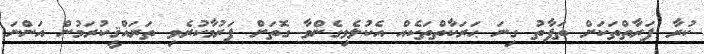
ކުރާ ފަރާތްތަކަށް ތަފާތު ގިނަ ޙަރަކާތްތަކެއް އެކުލެވިގެންވާ ގޮތަށް ފަރުމާކުރެވި ތަރައްޤީކުރަމުން އަންނަ